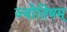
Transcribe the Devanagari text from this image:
ज्योतिषम्